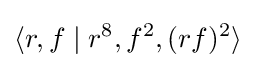
\langle r,f\mid r^{8},f^{2},(rf)^{2}\rangle